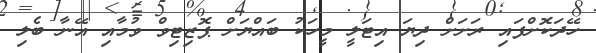
ހޭދަކޮށްފައި ރަށަށް ދިޔަ އިޓަލީ މީހަކު ބައްޔަށް ޕޮޒިޓިވް ވުމާއި އޭނާ ބެލި